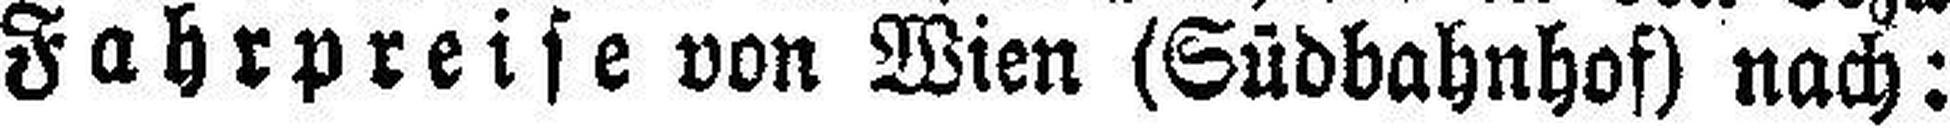
Fahrpreise von Wien (Südbahnhof) nach: